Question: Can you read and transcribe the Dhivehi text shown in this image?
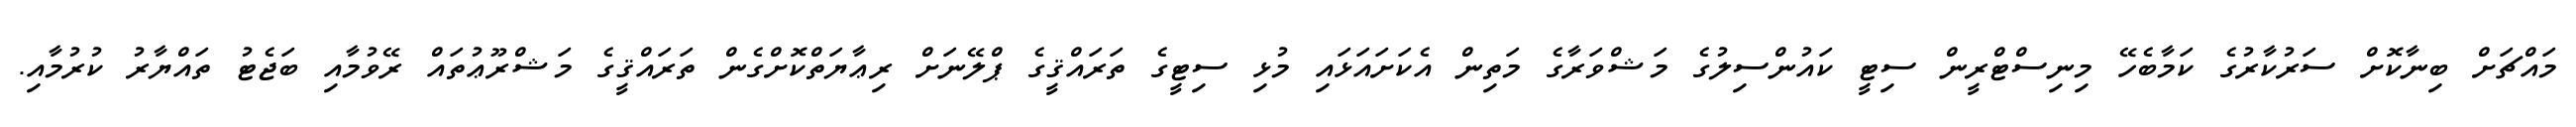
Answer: މައްޗަށް ބިނާކޮށް ސަރުކާރުގެ ކަމާބެހޭ މިނިސްޓްރީން ސިޓީ ކައުންސިލުގެ މަޝްވަރާގެ މަތިން އެކަށައަޅައި މުޅި ސިޓީގެ ތަރައްޤީގެ ޕްލޭނަށް ރިޢާޔަތްކޮށްގެން ތަރައްޤީގެ މަޝްރޫޢުތައް ރޭވުމާއި ބަޖެޓު ތައްޔާރު ކުރުމާއި.